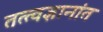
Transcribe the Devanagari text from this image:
तत्त्वज्ञानांत